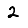
Digit: 2